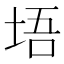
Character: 𪣔